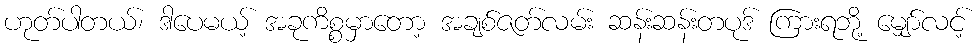
ဟုတ်ပါတယ်၊ ဒါပေမယ့် အခုကိစ္စမှာတော့ အချစ်ဇတ်လမ်း ဆန်းဆန်းတပုဒ် ကြားရဘို့ မျှော်လင့်